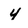
Character: 4